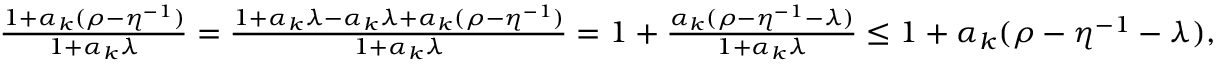
\begin{array} { r } { \frac { 1 + \alpha _ { k } ( \rho - \eta ^ { - 1 } ) } { 1 + \alpha _ { k } \lambda } = \frac { 1 + \alpha _ { k } \lambda - \alpha _ { k } \lambda + \alpha _ { k } ( \rho - \eta ^ { - 1 } ) } { 1 + \alpha _ { k } \lambda } = 1 + \frac { \alpha _ { k } ( \rho - \eta ^ { - 1 } - \lambda ) } { 1 + \alpha _ { k } \lambda } \leq 1 + \alpha _ { k } ( \rho - \eta ^ { - 1 } - \lambda ) , } \end{array}